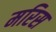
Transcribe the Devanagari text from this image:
मरिस